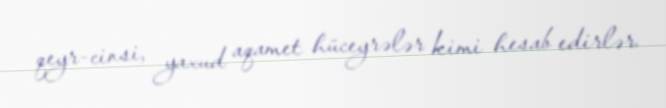
qeyr-cinsi, yaxud aqamet hüceyrələr kimi hesab edirlər.